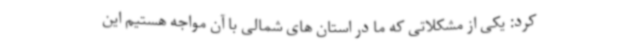
کرد: یکی از مشکلاتی که ما در استان های شمالی با آن مواجه هستیم این